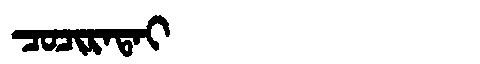
Manchu: ᠴᠣᠴᡳᡵᠠᡨᠠᡳ
Romanization: COCIRATAI